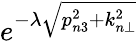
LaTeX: e^{-\lambda\sqrt{p_{n3}^{2}+k_{n\bot}^{2}}}